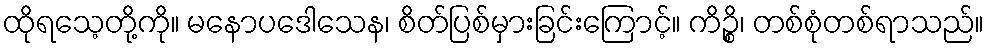
ထိုရသေ့တို့ကို။ မနောပဒေါသေန၊ စိတ်ပြစ်မှားခြင်းကြောင့်။ ကိဉ္စိ၊ တစ်စုံတစ်ရာသည်။